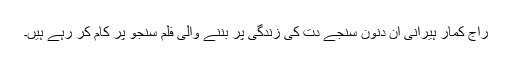
راج کمار ہیرانی ان دنون سنجے دت کی زندگی پر بننے والی فلم سنجو پر کام کر رہے ہیں۔